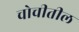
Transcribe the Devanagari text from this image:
चोचीतील